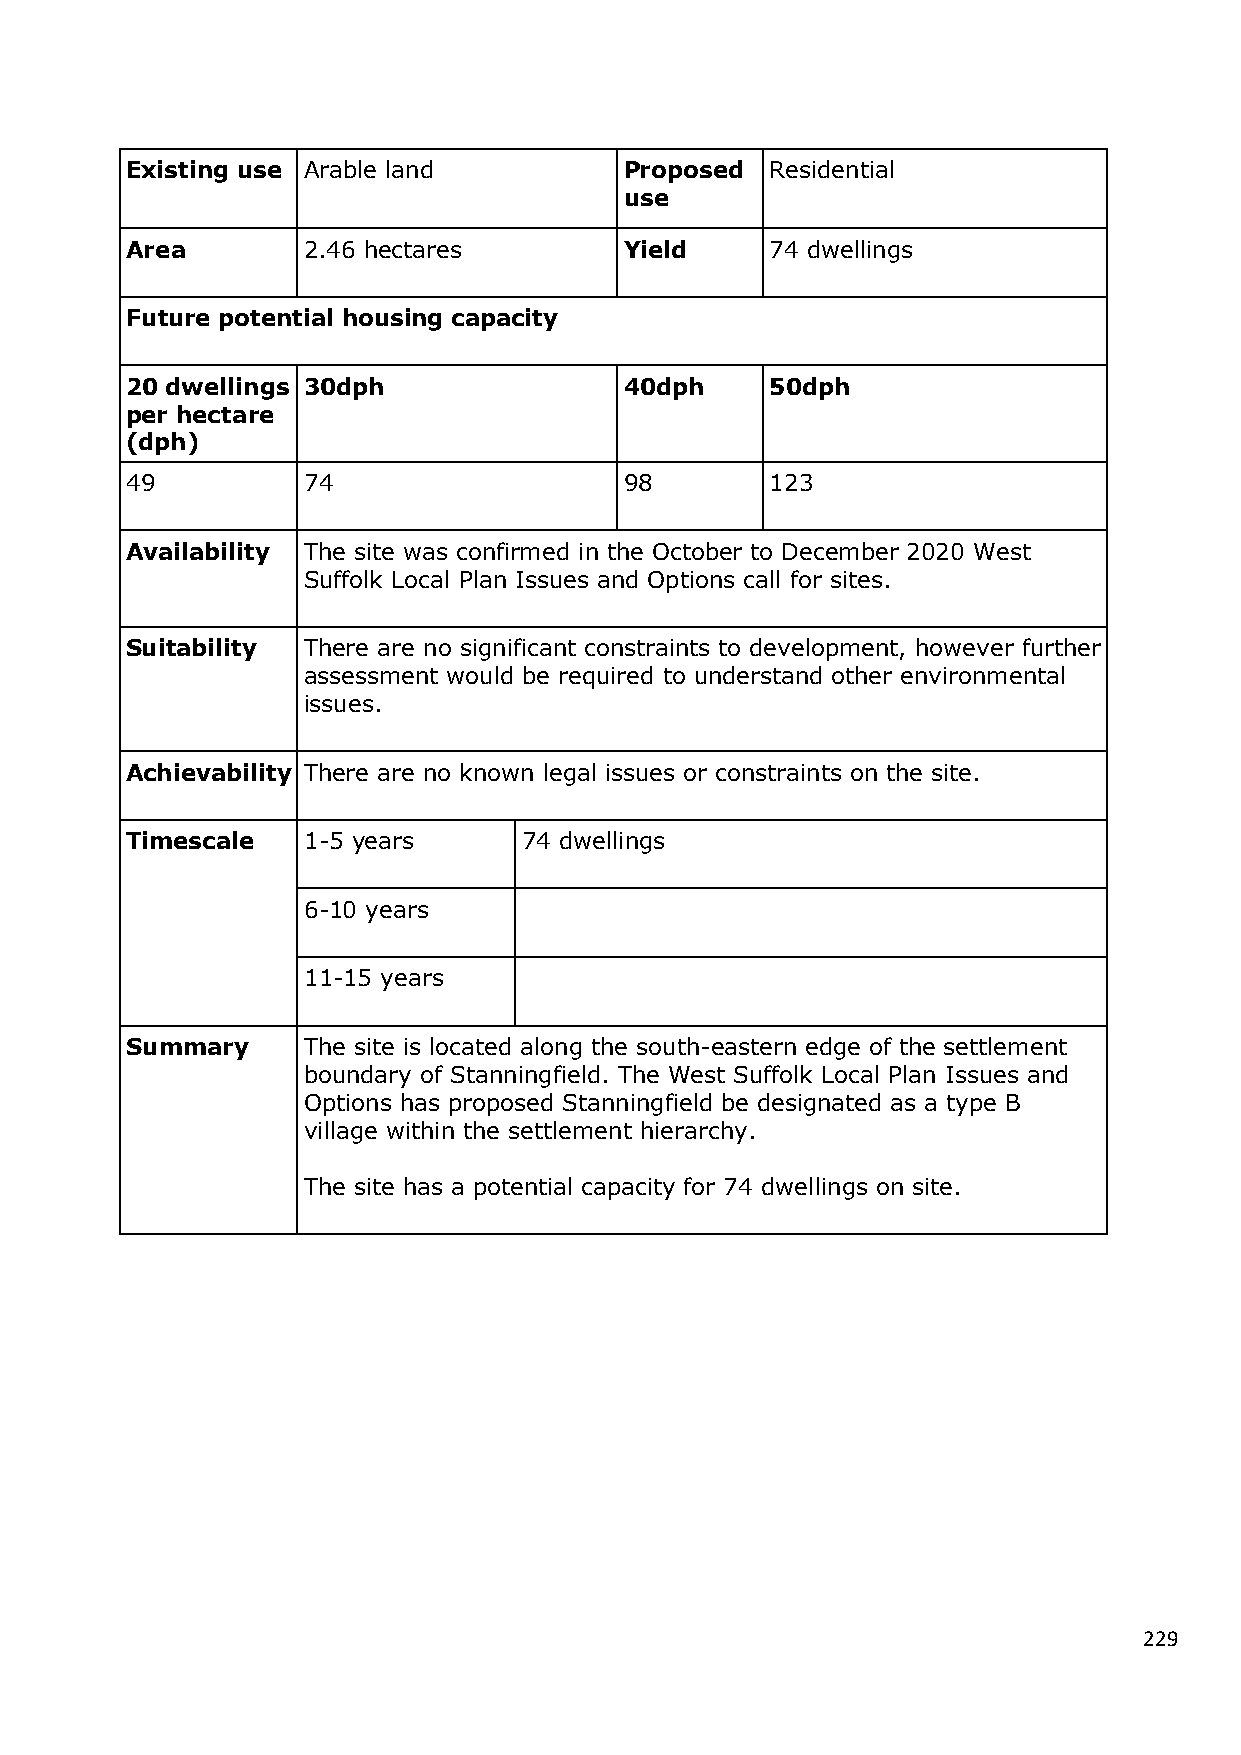
Existing use Arable land         Proposed  Residential
 use
 Area        2.46 hectares        Yield     74 dwellings
 Future potential housing capacity
 20 dwellings 30dph               40dph     50dph
 per hectare
 (dph)
 49          74                   98        123
 Availability The site was confirmed in the October to December 2020 West
 Suffolk Local Plan Issues and Options call for sites.
 Suitability There are no significant constraints to development, however further
 assessment would be required to understand other environmental
 issues.
 Achievability There are no known legal issues or constraints on the site.
 Timescale   1-5 years      74 dwellings
 6-10 years
 11-15 years
 Summary     The site is located along the south-eastern edge of the settlement
 boundary of Stanningfield. The West Suffolk Local Plan Issues and
 Options has proposed Stanningfield be designated as a type B
 village within the settlement hierarchy.
 The site has a potential capacity for 74 dwellings on site.
 229